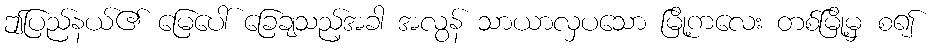
ဤပြည်နယ်၏ မြေပေါ် ခြေချသည့်အခါ အလွန် သာယာလှပသော မြို့ကလေး တစ်မြို့မှ စ၍